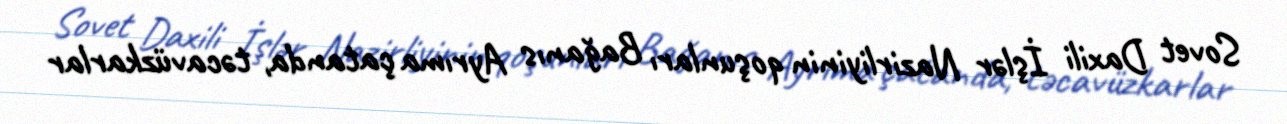
Sovet Daxili İşlər Nazirliyinin qoşunları Bağanıs Ayrıma çatanda, təcavüzkarlar